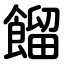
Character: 餾